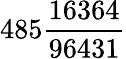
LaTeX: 485{\frac{16364}{96431}}